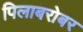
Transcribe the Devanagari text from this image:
पिलाबरोबर